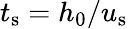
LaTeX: t_{\mathrm{s}}=h_{0}/u_{\mathrm{s}}